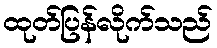
ထုတ်ပြန်လိုက်သည်